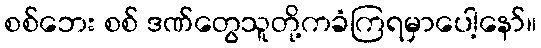
စစ်ဘေး စစ် ဒဏ်တွေသူတို့ကခံကြရမှာပေါ့နော်။